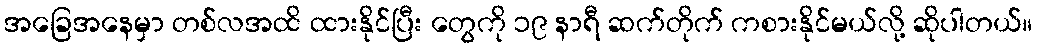
အခြေအနေမှာ တစ်လအထိ ထားနိုင်ပြီး တွေကို ၁၉ နာရီ ဆက်တိုက် ကစားနိုင်မယ်လို့ ဆိုပါတယ်။